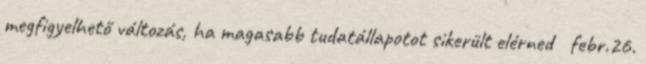
megfigyelhető változás, ha magasabb tudatállapotot sikerült elérned febr.26.